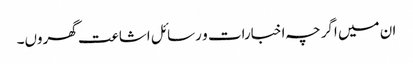
ان میں اگرچہ اخبارات و رسائل اشاعت گھروں۔